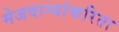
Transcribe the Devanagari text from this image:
मेजवान्यांकरिता